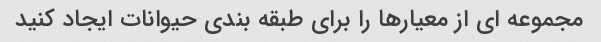
مجموعه ای از معیارها را برای طبقه بندی حیوانات ایجاد کنید